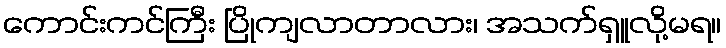
ကောင်းကင်ကြီး ပြိုကျလာတာလား၊ အသက်ရှူလို့မရ။